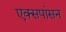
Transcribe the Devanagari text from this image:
एक्सपांसन